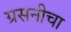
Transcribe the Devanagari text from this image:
ग्रसनीचा